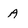
Character: A